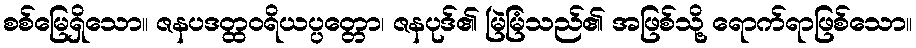
စစ်မြေရှိသော။ ဇနပဒတ္ထဝရိယပ္ပတ္တော၊ ဇနပုဒ်၏ မြဲမြံသည်၏ အဖြစ်သို့ ရောက်ရာဖြစ်သော။